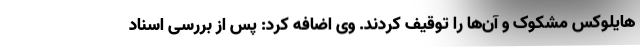
هایلوکس مشکوک و آن‌ها را توقیف کردند. وی اضافه کرد: پس از بررسی اسناد